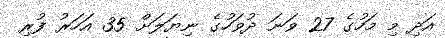
އަދި މި މަހުގެ 27 ވަނަ ދުވަހުގެ ނިޔަލަށް 35 އަހަރު ފުރި